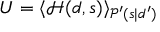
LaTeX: U = \langle { \mathcal { H } } ( d , s ) \rangle _ { { \mathcal { P } } ^ { \prime } ( s | d ^ { \prime } ) }